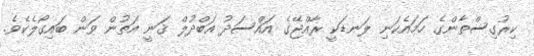
ކިރުގިސްތާންގެ ހަމައެކަނި ލަނޑަކީ ރާއްޖޭގެ އައްސަދު އަބްދުލް ޤަނީ އަތުން ވަން ބައިގޯލެކެވެ.